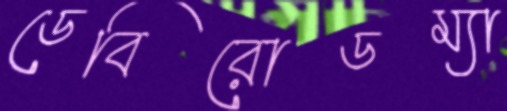
ডেবিরোডম্যা